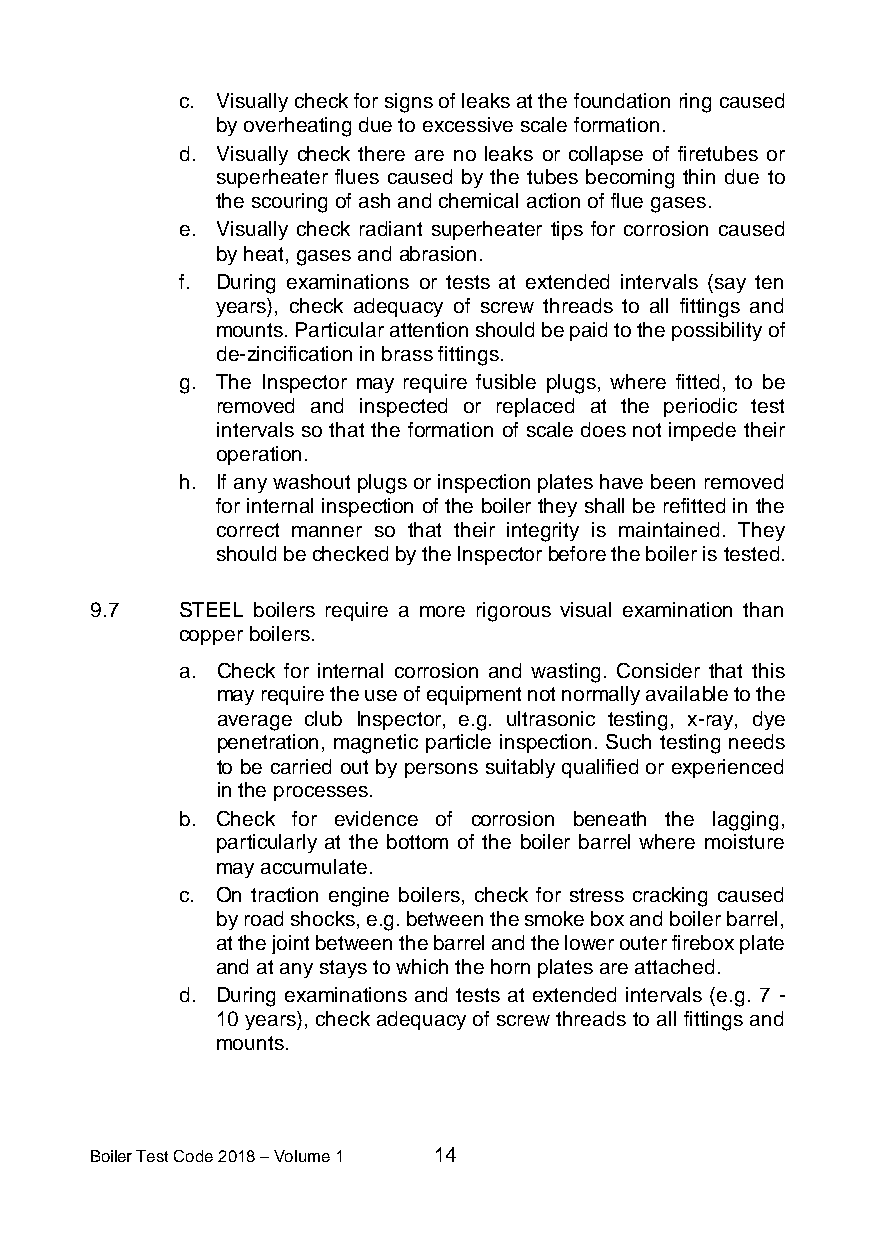
c. Visually check for signs of leaks at the foundation ring caused
 by overheating due to excessive scale formation.
 d. Visually check there are no leaks or collapse of firetubes or
 superheater flues caused by the tubes becoming thin due to
 the scouring of ash and chemical action of flue gases.
 e. Visually check radiant superheater tips for corrosion caused
 by heat, gases and abrasion.
 f. During examinations or tests at extended intervals (say ten
 years), check adequacy of screw threads to all fittings and
 mounts. Particular attention should be paid to the possibility of
 de-zincification in brass fittings.
 g. The Inspector may require fusible plugs, where fitted, to be
 removed and inspected or replaced at the periodic test
 intervals so that the formation of scale does not impede their
 operation.
 h. If any washout plugs or inspection plates have been removed
 for internal inspection of the boiler they shall be refitted in the
 correct manner so that their integrity is maintained. They
 should be checked by the Inspector before the boiler is tested.
 9.7   STEEL boilers require a more rigorous visual examination than
 copper boilers.
 a. Check for internal corrosion and wasting. Consider that this
 may require the use of equipment not normally available to the
 average club Inspector, e.g. ultrasonic testing, x-ray, dye
 penetration, magnetic particle inspection. Such testing needs
 to be carried out by persons suitably qualified or experienced
 in the processes.
 b. Check for evidence of corrosion beneath the lagging,
 particularly at the bottom of the boiler barrel where moisture
 may accumulate.
 c. On traction engine boilers, check for stress cracking caused
 by road shocks, e.g. between the smoke box and boiler barrel,
 at the joint between the barrel and the lower outer firebox plate
 and at any stays to which the horn plates are attached.
 d. During examinations and tests at extended intervals (e.g. 7 -
 10 years), check adequacy of screw threads to all fittings and
 mounts.
 Boiler Test Code 2018 – Volume 1 14